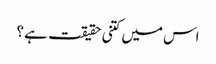
اس میں کتنی حقیقت ہے ؟